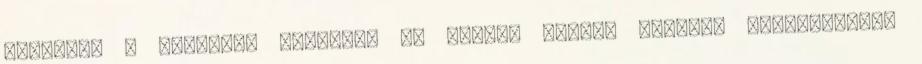
észlelte a közeledő torpedót és élesen jobbra kellett kanyarodnia,